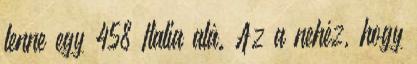
lenne egy 458 Italia alá. Az a nehéz, hogy